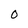
Character: O